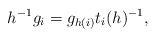
\begin{align*} h^{-1}g_i = g_{h(i)}t_i(h)^{-1},\end{align*}